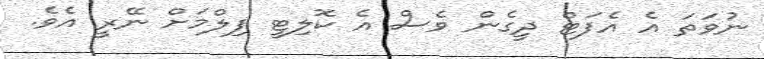
ނުވަތަ އެ އެފަޓް ދީގެން ވެސް އެ ކޮލިޓީ ފިލްމަށް ނޭރީ އެވެ.